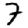
Digit: 7